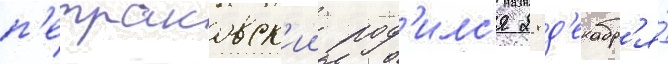
п'етраковск'ии род'илс'я 28 д'екабр'я́